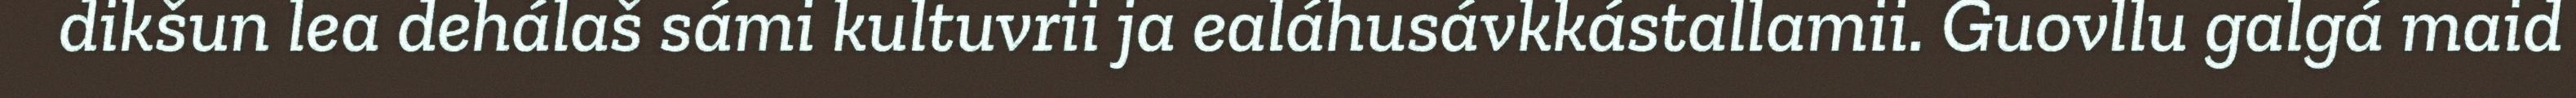
dikšun lea dehálaš sámi kultuvrii ja ealáhusávkkástallamii. Guovllu galgá maid